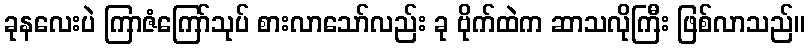
ခုနလေးပဲ ကြာဇံကြော်သုပ် စားလာသော်လည်း ခု ဗိုက်ထဲက ဆာသလိုကြီး ဖြစ်လာသည်။